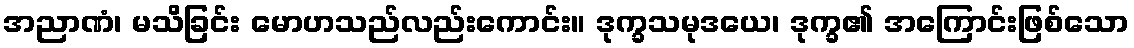
အညာဏံ၊ မသိခြင်း မောဟသည်လည်းကောင်း။ ဒုက္ခသမုဒယေ၊ ဒုက္ခ၏ အကြောင်းဖြစ်သော